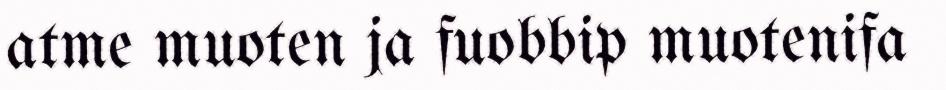
atme muoten ja fuobbip muotenifa